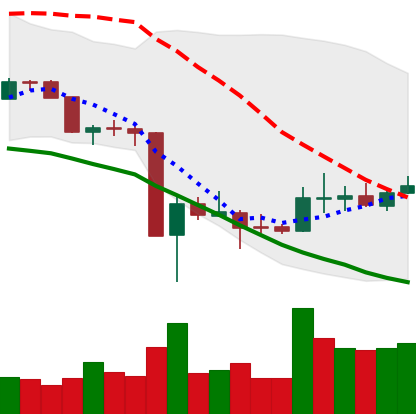
Ticker: DOGE-USD
Chart end date: 2020-03-24
Forward return: -6.915%
Label: down_5_7